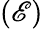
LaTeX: {(\mathscr{E})}